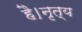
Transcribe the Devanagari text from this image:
है।नृत्य